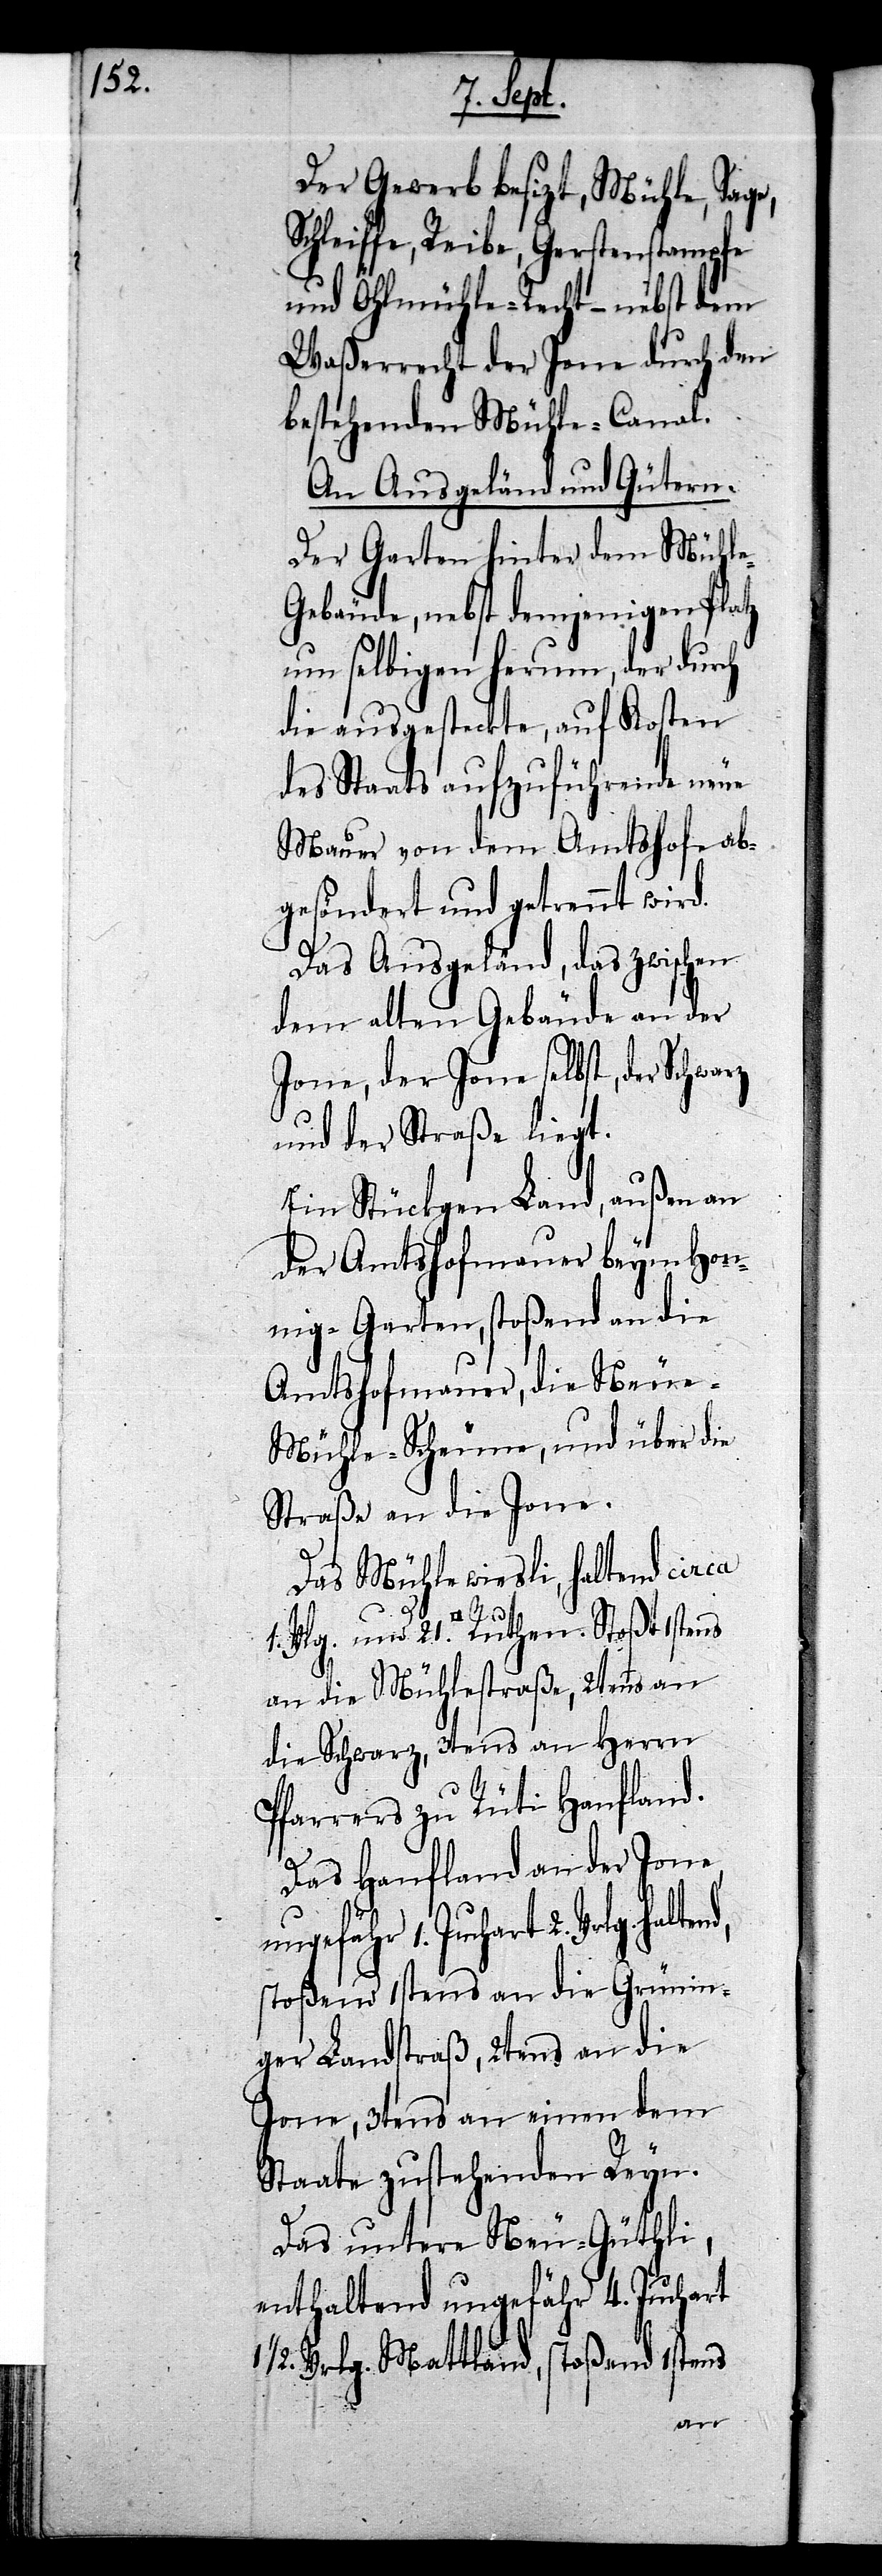
Der Gewerb besizt, Mühle, Sage,
Reibe, Gerstenstampfe
und Öhlmühle-Recht – nebst dem
Waßerrecht der Jone durch den
bestehenden Mühle-Canal.
An Ausgeländ und Gütern.
Der Garten hinter dem Mühl¬
e-Gebäude, nebst demjenigen Platz
um selbigen herum, der durch
die ausgesteckte, auf Kosten
des Staats aufzuführende neue
Mauer von dem Amtshofe ab¬
gesöndert und getrennt wird.
Das Ausgeländ, das zwischen
dem alten Gebäude an der
Jone, der Jone selbst, der Schwarz
und der Straße liegt.
Ein Stückgen Land, außen an
der Amtshofmauer beym Hon¬
nig-Garten, stoßend an die
Amtshofmauer, die Neu¬
e-Mühle-Scheune, und über die
Straße an die Jone.
Das Mühlewiesli, haltend circa
[Quadratfuss] Ruthen. Stoßt 1stens
an die Mühlestraße, 2tens an
die Schwarz, 3tens an Herrn
Pfarrers zu Rüti Hanfland.
Das Hanfland an der Jone,
ungefähr 1. Juchart 2. Vrlg.
stoßend 1stens an die Grünin¬
ger Landstraß, 2tens an die
Jone, 3tens an einen dem
Staate zustehenden Reyn.
Das untere Neu-Güthli,
enthaltend ungefähr 4. Juchart
1/2. Vrlg. Mattland, stoßend 1stens